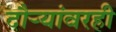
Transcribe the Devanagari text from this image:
दौर्‍यांवरही